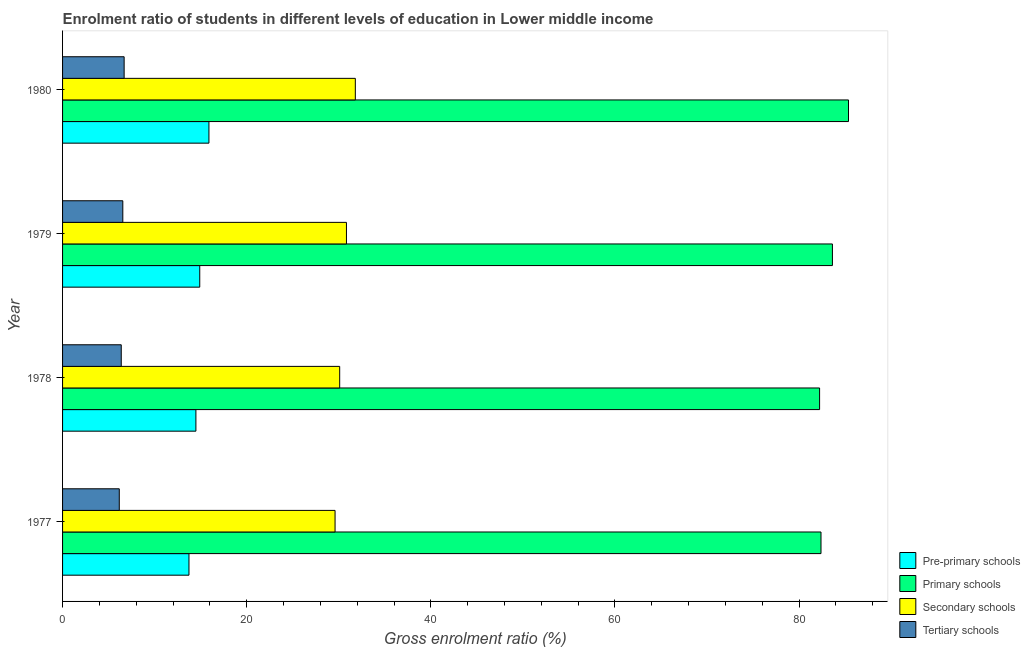
| Year | Pre-primary schools | Primary schools | Secondary schools | Tertiary schools |
 | --- | --- | --- | --- | --- |
 | 1977 | 13.7 | 82.4 | 29.6 | 6.16 |
 | 1978 | 14.5 | 82.2 | 30.1 | 6.37 |
 | 1979 | 14.9 | 83.6 | 30.8 | 6.54 |
 | 1980 | 15.9 | 85.4 | 31.8 | 6.69 |